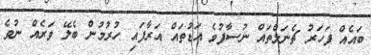
ބައެއް ފަހަރު ޗެނަލްތައް ނުސާފުވެ އަޑުތައް އަރާފައި ހުރުމުން ބެލޭ ވަރެއް ނުވެ